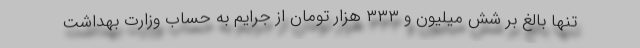
تنها بالغ بر شش میلیون و ۳۳۳ هزار تومان از جرایم به حساب وزارت بهداشت